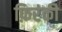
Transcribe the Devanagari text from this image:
फ़िरंकी